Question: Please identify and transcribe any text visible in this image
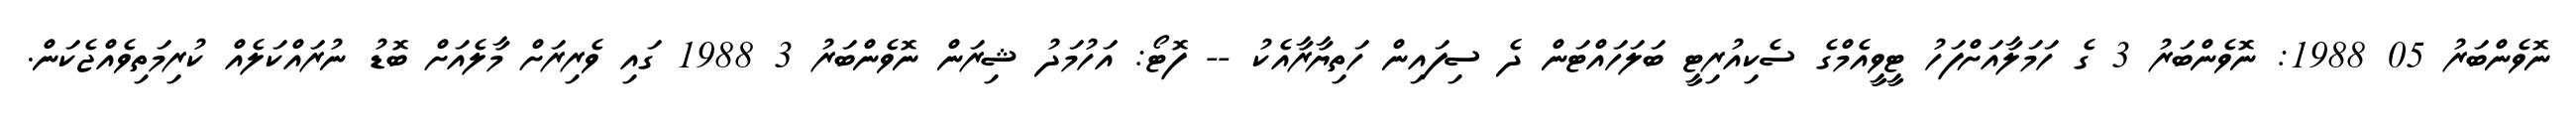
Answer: ނޮވެންބަރު 05 1988: ނޮވެންބަރު 3 ގެ ހަމަލާއަށްފަހު ޓީވީއެމްގެ ސެކިއުރިޓީ ބަލަހައްޓަން ދެ ސިފައިން ހަތިޔާރާއެކު -- ފޮޓޯ: އަހުމަދު ޝިރަން ނޮވެންބަރު 3 1988 ގައި ވެރިރަށް މާލެއަށް ބޮޑު ނުރައްކަލެއް ކުރިމަތިވެއްޖެކަން.